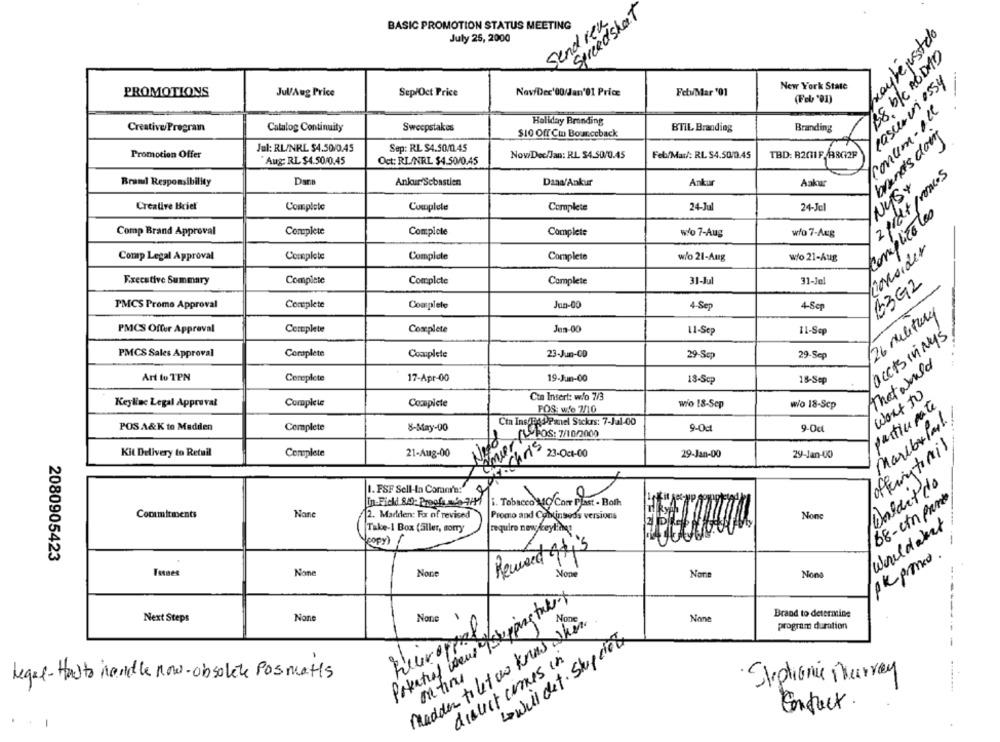
Spreadsheet
send reu
BASIC PROMOTION STATUS MEETING
maybejustdo
July 25, 2000
lasurviessy
New York State
PROMOTIONS
Jul/Aug Price
Sep/Oct Price
Nov/Dec'00/Jan'01 Price
Fety/Mar '01
(Fel '91)
concem - All
Creative/ Program
Holiday Branding
BTIL Branding
Catalog Continuity
Sweepstakes
$10 Off Ci Bounceback
Branding
brand's dong
Jul: RL/NRL $4.50/0.45
Sep: RL $4.50/0.45
Promotion Offer
Nov/Dec/Jan: R.L. $4.50/0.45
Feb/Mar/: RL $4.50/0.45
Aug: RL $4.50/0.45
Oct: RL/NRL $4.50/0.45
2 pict / roncos
Braml Responsibility
Ders
Ankur Sebastien
Dana/Ankur
Ankur
Aakur
NySy
Creative Bciel
Completo
Complete
Complete
24-Jul
24-Jel
Complicates
Complete
Comp Brand Approval
Complete
Complete
wo 7-Aug
wło 7-Aug
Consider
Comp Legal Approval
Complete
Complete
Complete
w/o 21-Aug
w/o 21-Aug
Executive Summary
Complete
Complete
Complete
31-Jul
31-Jel
63G2
PMCS Prome Approval
Complete
Jun-00
Complete
4-Sep
4-8cp
26 military
PMCS Offer Approval
Complete
Complete
Jen-00
11-Sep
11-Sep
acctsinings
PMCS Sales Approval
Coraplete
Complete
23-Jun-CD
29-Sep
29-Sep
That would
Art to TPN
Complete
17-Apr-00
19-Jun-00
18-Scp
18-Sep
Want to
Cin Insert: w/o 7/3
Keyline Legal Approval
Complete
Complete
POS: wife 7/10
wio 18-Sep
wo 18-Scp
participate
Maribelah!
Ctn Ins/BodPanel Stckrs: 7-Jul-00
POS A&K to Madden
Complete
8-May-00
9-0c
9-Oct
amer Pos: 7/10/2000
Amir
offeringtomil
Kit Delivery to Retail
chris,
23-Oct-00
Complete
21-Aug-00
29-Jan-00
29-Jan-00
I. FSF Sell-In Comn'a:"
68-ctn part
In-Fickd 840: Proofs ado 7/
i. Tobacco 140 Corr Plast - Both
Commitments
12. Madden: For of revised
Promo and Comunsed's versions
require new keylings
Well dakat
Take-1 Box (äller, sorry
Loopy)
ReweetAtis
2080905423
Tones
Non
Non
Potential were of shipping take ..
Nous
Brand to determine
Next Steps
madden to let us know when
Non
program duration
will det. Skup cier
disuct ciones in
·Stephanie Murray
Legal- Howto handle now-obsolete Pos matts
Construct